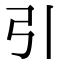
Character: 引